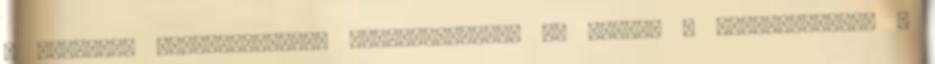
e sikerrel tulajdonképpen bebiztosította 4. helyét a bajnokságban. A